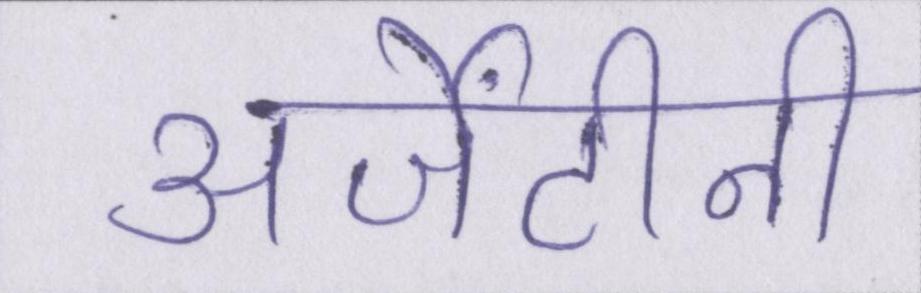
अर्जेंटीनी